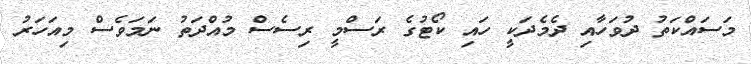
މަސައްކަތު ދުވަހާއި ދެމެދަކީ ހައި ކޯޓުގެ ރަސްމީ ރިސެސް މުއްދަތު ނަމަވެސް މިއަހަރު